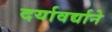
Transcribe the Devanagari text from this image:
दर्यावर्द्याने